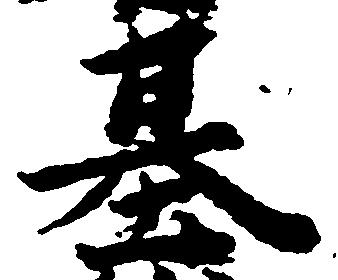
基